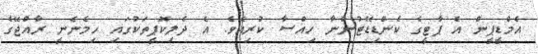
އެމްޑީޕީން އެ ޕާޓީގެ ކެންޑިޑޭޓުންނާ ހިއްސާ ކުރިއެވެ. އެ ދެލިކޮޕީތަކުގައި ހިމެނެނީ ރާއްޖޭގެ